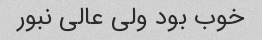
خوب بود ولی عالی نبور